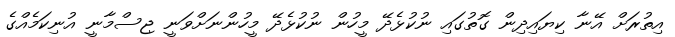
އިތުރަށް އޭނާ ކިޔައިދިން ގޮތުގައި ނުކުޅެދޭ މީހުން ނުކުޅެދޭ މީހުންނަށްވަނީ ޖިސްމާނީ އުނިކަމެއްގެ